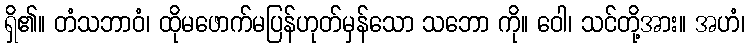
ရှိ၏။ တံသဘာဝံ၊ ထိုမဖောက်မပြန်ဟုတ်မှန်သော သဘော ကို။ ဝေါ၊ သင်တို့အား။ အဟံ၊